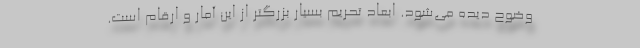
وضوح دیده می‌شود. ابعاد تحریم بسیار بزرگتر از این آمار و ارقام است.